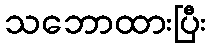
သဘောထားပြီး